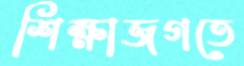
শিক্ষাজগতে